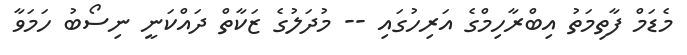
މެޑަމް ފާތިމަތު އިބްރާހިމްގެ އަރިހުގައި -- މުދަލުގެ ޒަކާތް ދައްކަނީ ނިސޯބު ހަމަވާ